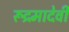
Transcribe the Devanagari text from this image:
रूद्रमादेवी